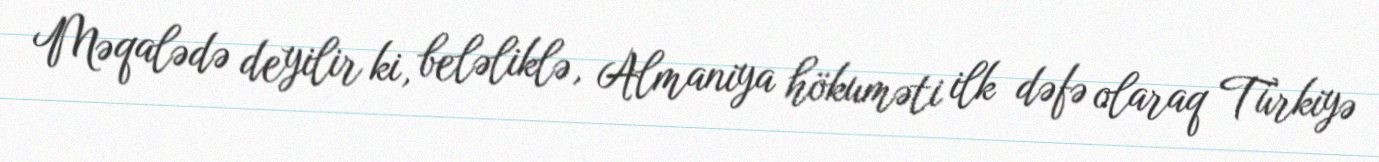
Məqalədə deyilir ki, beləliklə, Almaniya hökuməti ilk dəfə olaraq Türkiyə